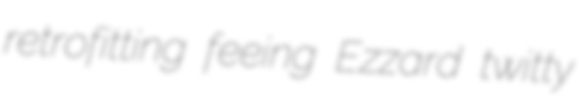
retrofitting feeing Ezzard twitty